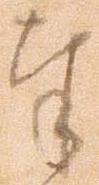
奉